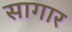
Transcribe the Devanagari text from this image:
सागार